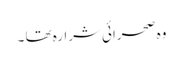
وہ صحرائی شرارہ تھا ۔